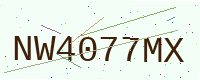
Text: NW4077MX